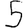
Digit: 5